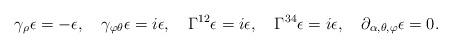
LaTeX: \begin{align*}\gamma_{\rho}\epsilon = -\epsilon, \quad \gamma_{\varphi\theta}\epsilon=i\epsilon, \quad \Gamma^{12}\epsilon= i\epsilon, \quad \Gamma^{34}\epsilon= i\epsilon,\quad \partial_{\alpha,\theta,\varphi}\epsilon = 0.\end{align*}